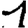
Digit: 1